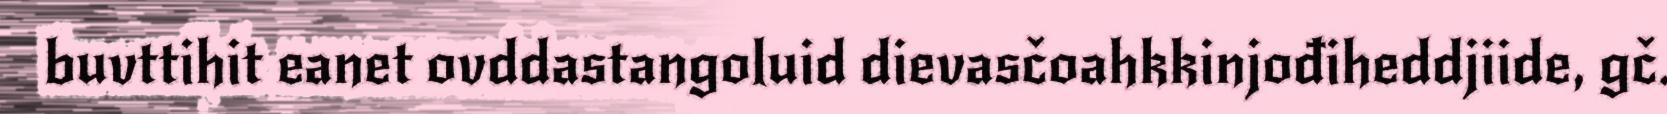
buvttihit eanet ovddastangoluid dievasčoahkkinjođiheddjiide, gč.